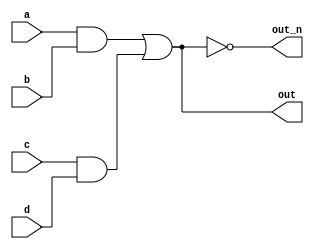
module top_module(
    input a,b,c,d,
    output out,out_n
);
wire intermediate1;
wire intermediate2;

assign intermediate1=a&b;
assign intermediate2=c&d;
assign out=intermediate1|intermediate2;
assign out_n=~(intermediate1|intermediate2);





endmodule